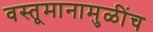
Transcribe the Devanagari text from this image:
वस्तूमानामुळींच